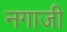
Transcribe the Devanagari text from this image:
नगाजी